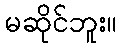
မဆိုင်ဘူး။